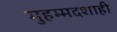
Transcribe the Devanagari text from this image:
मुहम्मदशाही